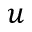
u